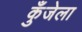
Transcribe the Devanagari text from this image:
कुँजेला